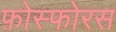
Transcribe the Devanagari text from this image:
फ़ोस्फोरस